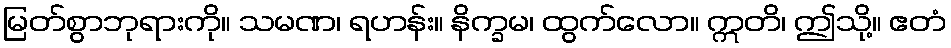
မြတ်စွာဘုရားကို။ သမဏ၊ ရဟန်း။ နိက္ခမ၊ ထွက်လော။ ဣတိ၊ ဤသို့။ ဧတံ